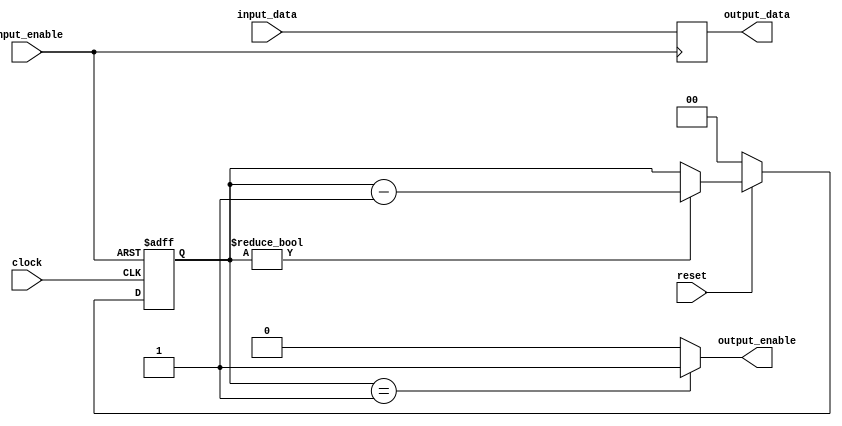
// This program was cloned from: https://github.com/lynxis/lpc_sniffer
// License: GNU General Public License v3.0

module bufferdomain #(parameter AW = 8)
	(
		input [AW-1:0] input_data,
		output reg [AW-1:0] output_data,
		input reset, // active low
		output reg output_enable,
		input clock,
		input input_enable);


	reg [1:0] counter;

	always @(posedge input_enable) begin
		if (input_enable) begin
			output_data <= input_data;
		end
	end

	always @(posedge input_enable or negedge clock) begin
		if (input_enable) begin
			counter <= 2;
		end else begin
			if (~reset) begin
				counter <= 0;
			end else begin
				if (counter != 0)
					counter <= counter - 1;
			end
		end
	end
	always @(*) begin
		if (counter == 1)
			output_enable = 1;
		else
			output_enable = 0;
	end

endmodule